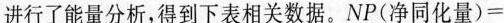
进行了能量分析，得到下表相关数据。$$NP(净同化量) =